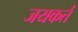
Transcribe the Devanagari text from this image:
जयकर्त